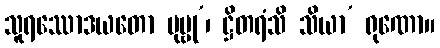
သူရဿောဒယတော ပုဗ္ဗု’၊ ဋ္ဌိတရံသိ သိယာ’ ရုဏော။